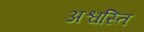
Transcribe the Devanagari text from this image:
अश्वस्ति